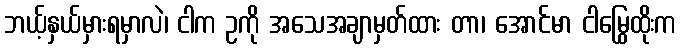
ဘယ့်နှယ်မှားရမှာလဲ၊ ငါက ဥကို အသေအချာမှတ်ထား တာ၊ အောင်မာ ငါမြွေထိုးက